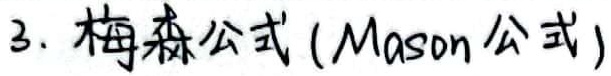
3. 梅森公式（Mason公式）